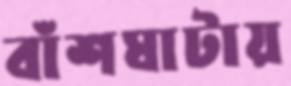
বাঁশঘাটায়